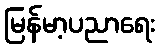
မြန်မာ့ပညာရေး